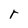
Character: r